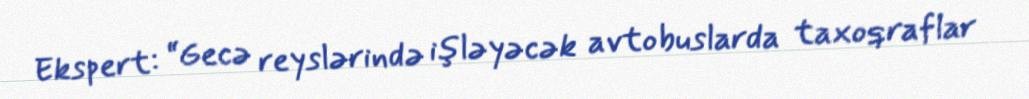
Ekspert: “Gecə reyslərində işləyəcək avtobuslarda taxoqraflar